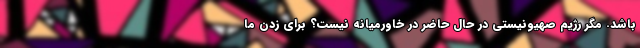
باشد. مگر رژيم صهيونيستي در حال حاضر در خاورميانه نيست؟ براي زدن ما